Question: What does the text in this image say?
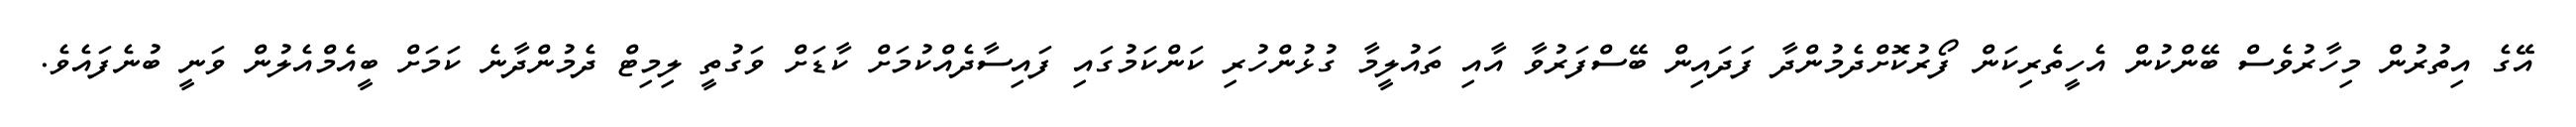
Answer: އޭގެ އިތުރުން މިހާރުވެސް ބޭންކުން އެހީތެރިކަން ފޯރުކޮށްދެމުންދާ ފަދައިން ބޭސްފަރުވާ އާއި ތައުލީމާ ގުޅުންހުރި ކަންކަމުގައި ފައިސާދެއްކުމަށް ކާޑަށް ވަގުތީ ލިމިޓް ދެމުންދާނެ ކަމަށް ބީއެމްއެލުން ވަނީ ބުނެފައެވެ.